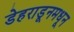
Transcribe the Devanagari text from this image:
डेहराडूनमधून